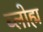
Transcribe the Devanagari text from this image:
ब्लोह्म